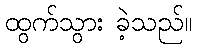
ထွက်သွား ခဲ့သည်။